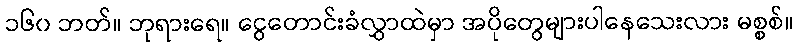
၁၆၀ ဘတ်။ ဘုရားရေ။ ငွေတောင်းခံလွှာထဲမှာ အပိုတွေများပါနေသေးလား မစ္စစ်။